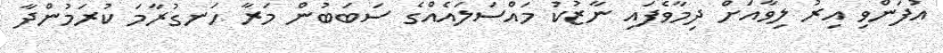
އުފަންވި އިރު ލިވާއަށް ދިމާވެފައި ނާޒުކު މައްސަލައެއްގެ ސަބަބުން މަރާ ހަނގުރާމަ ކުރަމުންދާ